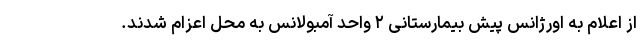
از اعلام به اورژانس پیش بیمارستانی ۲ واحد آمبولانس به محل اعزام شدند.